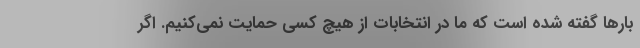
بارها گفته شده است که ما در انتخابات از هیچ کسی حمایت نمی‌کنیم. اگر